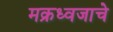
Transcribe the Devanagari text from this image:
मक्रध्वजाचे